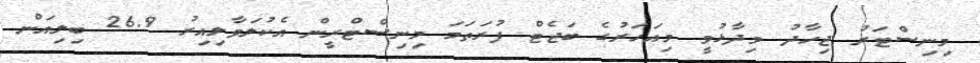
މިނިސްޓަރު ޖިހާދު ވިދާޅުވީ މިއަހަރުގެ ބަޖެޓް ފުރަތަމަ މިނިސްޓްރީން އެކުލަވާލިއިރު 26.9 ބިލިއަން